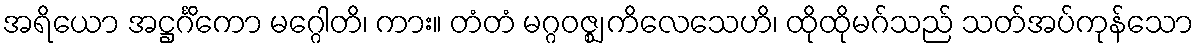
အရိယော အဋ္ဌင်္ဂိကော မဂ္ဂေါတိ၊ ကား။ တံတံ မဂ္ဂဝဇ္ဈ ကိလေသေဟိ၊ ထိုထိုမဂ်သည် သတ်အပ်ကုန်သော